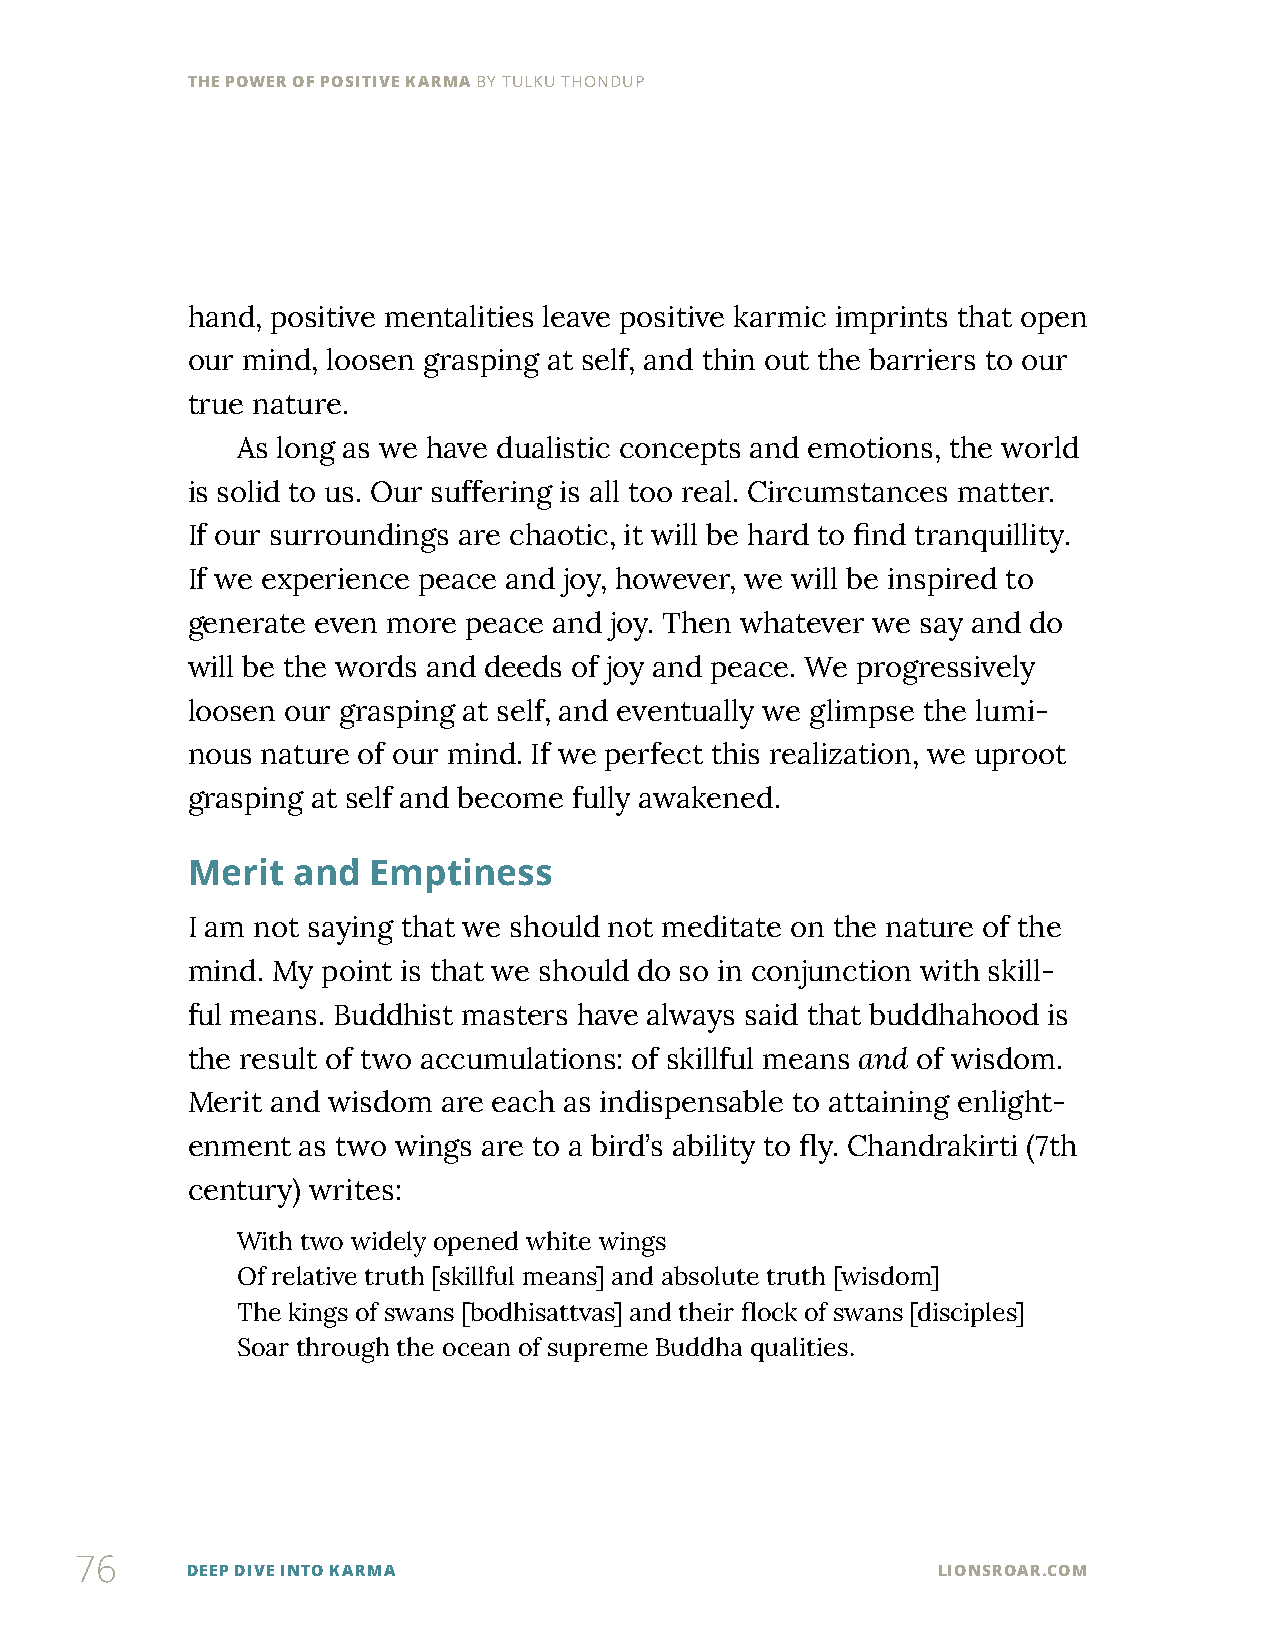
THE POWER OF POSITIVE KARMA BY TULKU THONDUP
 hand, positive mentalities leave positive karmic imprints that open
 our mind, loosen grasping at self, and thin out the barriers to our
 true nature.
 As long as we have dualistic concepts and emotions, the world
 is solid to us. Our suffering is all too real. Circumstances matter.
 If our surroundings are chaotic, it will be hard to find tranquillity.
 If we experience peace and joy, however, we will be inspired to
 generate even more peace and joy. Then whatever we say and do
 will be the words and deeds of joy and peace. We progressively
 loosen our grasping at self, and eventually we glimpse the lumi-
 nous nature of our mind. If we perfect this realization, we uproot
 grasping at self and become fully awakened.
 Merit  and  Emptiness
 I am not saying that we should not meditate on the nature of the
 mind. My point is that we should do so in conjunction with skill-
 ful means. Buddhist masters have always said that buddhahood is
 the result of two accumulations: of skillful means and of wisdom.
 Merit and wisdom are each as indispensable to attaining enlight-
 enment  as two wings are to a bird’s ability to fly. Chandrakirti (7th
 century) writes:
 With two widely opened white wings
 Of relative truth [skillful means] and absolute truth [wisdom]
 The kings of swans [bodhisattvas] and their flock of swans [disciples]
 Soar through the ocean of supreme Buddha qualities.
 76
 DEEP DIVE INTO KARMA                              LIONSROAR.COM